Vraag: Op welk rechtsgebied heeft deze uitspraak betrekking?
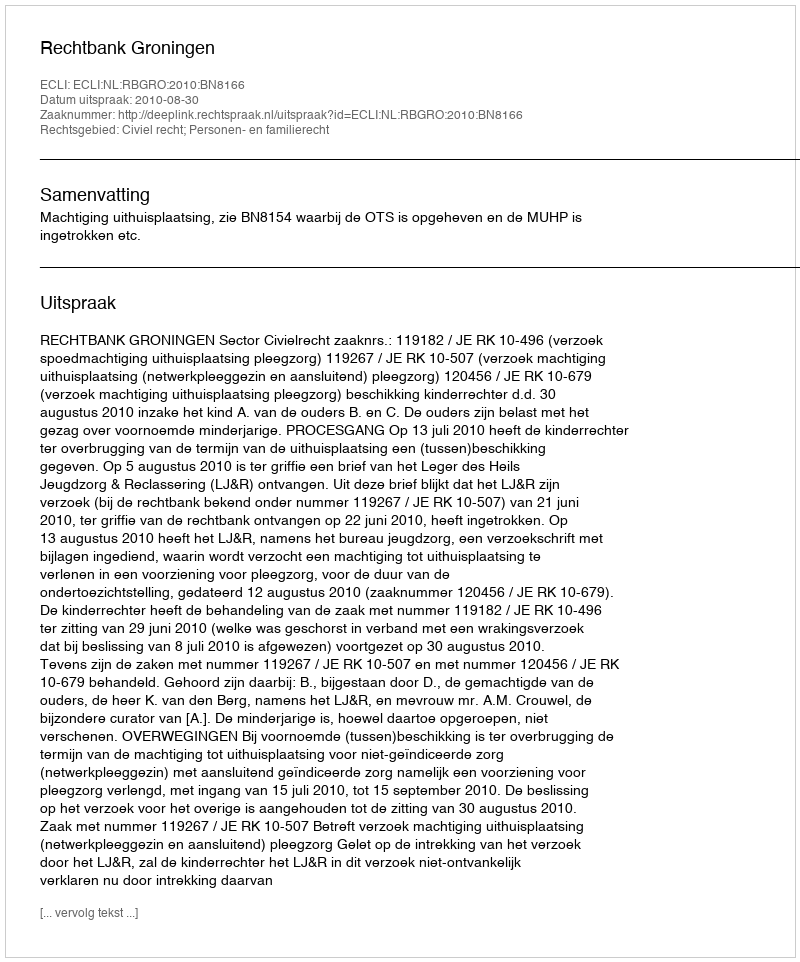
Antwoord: Civiel recht; Personen- en familierecht